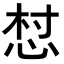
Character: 𢚳